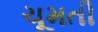
ચૂમતી